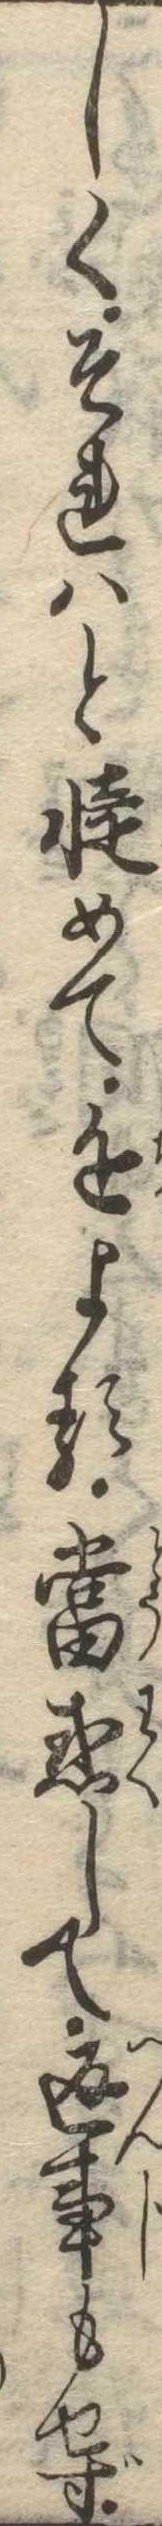
しくそれはとめて近よる当惑して返事もせず